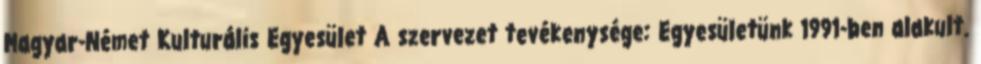
Magyar-Német Kulturális Egyesület A szervezet tevékenysége: Egyesületünk 1991-ben alakult.